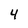
Character: 4